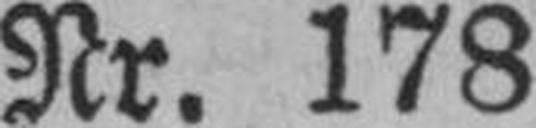
Nr. 178